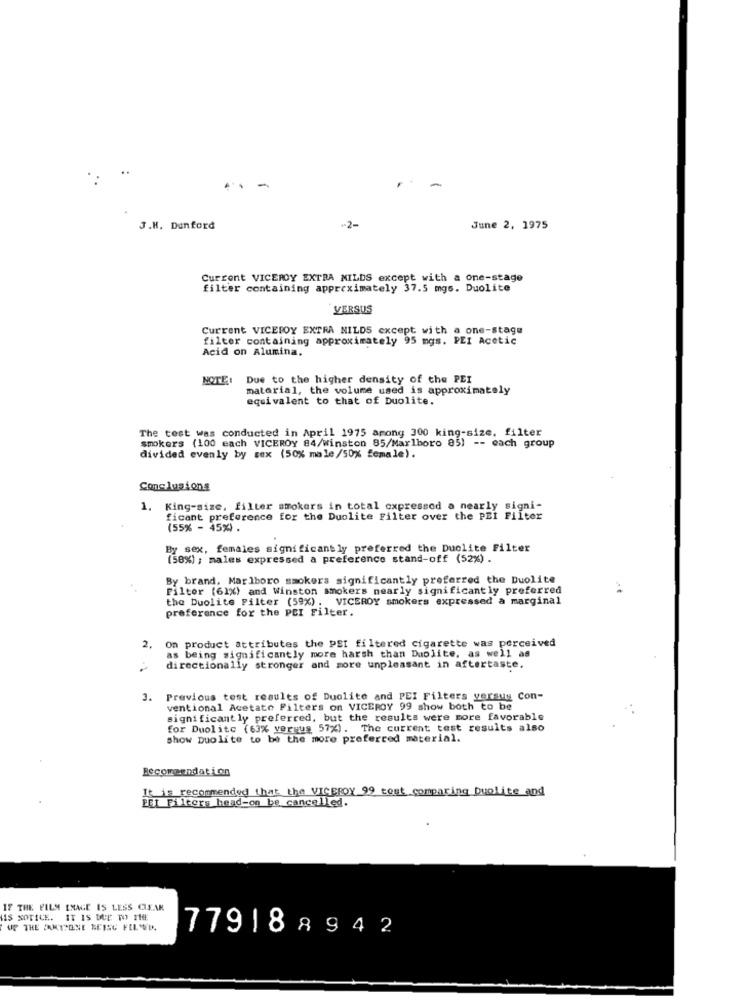
-
-
J.M. Dunford
-2-
June 2, 1975
Current VICEROY EXTRA MILDS except with a one-stage
filter containing approximately 37.5 mgs. Duolite
VERSUS
Current VICEROY EXTRA NILDS except with a one-stage
filter containing approximately 95 mgs. PEI Acetic
Acid on Alumina.
NOTE:
Due to the higher density of the PEI
material, the volume used is approximately
equivalent to that of Duolite.
The test was conducted in April 1975 among 300 king-size. filter
smokers (100 each VICEROY 84/winston 85/Marlboro 85) -- each group
divided evenly by sex (50% male/50% female).
Conclusions
1. King-size, filter smokers in total expressed a nearly signi-
ficant preference for the Duolite Filter over the PEI Filter
(55% - 45%) .
By sex, females significantly preferred the Duolite Filter
(50%) ; males expressed a preference stand-off (52%) .
By brand, Marlboro smokers significantly preferred the Duolite
Filter (61%) and Winston smokers nearly significantly preferred
the Duolite Filter (59%) . VICEROY smokers expressed a marginal
preference for the PCI Filter.
On product attributes the PEI filtered cigarette was perceived
2.
as being significantly more harsh than Duolite, as well as
directionally stronger and more unpleasant in aftertaste.
3.
Previous test results of Duolite and PEI Filters yersug Con-
ventional Acetate Filters on VICEROY 99 show both to be
significantly preferred, but the results were more favorable
for Duolite (63% versus 57%). The current test results also
show Duolite to be the more preferred material.
Becomeendation
It is recommended that the VICEROY 99 cost comparing Duolite and
pet Filters head-on be cancelled.
IF THE FILM IMAGE IS LESS CLEAR
IS NOTICE. IT IS DUE TO THE
UP THE FAKTENE SEISG FILWWD.
779188942